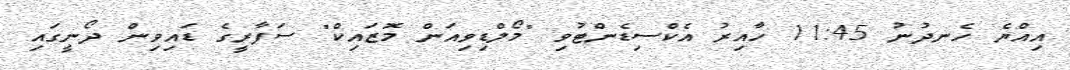
އިއްޔެ ހެނދުނު 11:45 ހާއިރު އެކްސިޑެންޓުވި "މޯލްޑިވިއަން މޮޒައިކް" ސަފާރީގެ ޑައިވިން ދޯނީގައި